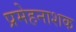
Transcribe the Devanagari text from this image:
प्रमेहनाशक